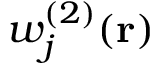
w _ { j } ^ { ( 2 ) } ( \mathbf { r } )